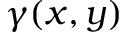
\gamma ( x , y )